Vaccination in Bombay 1856-1862 - 1856-1862
Year: 1856
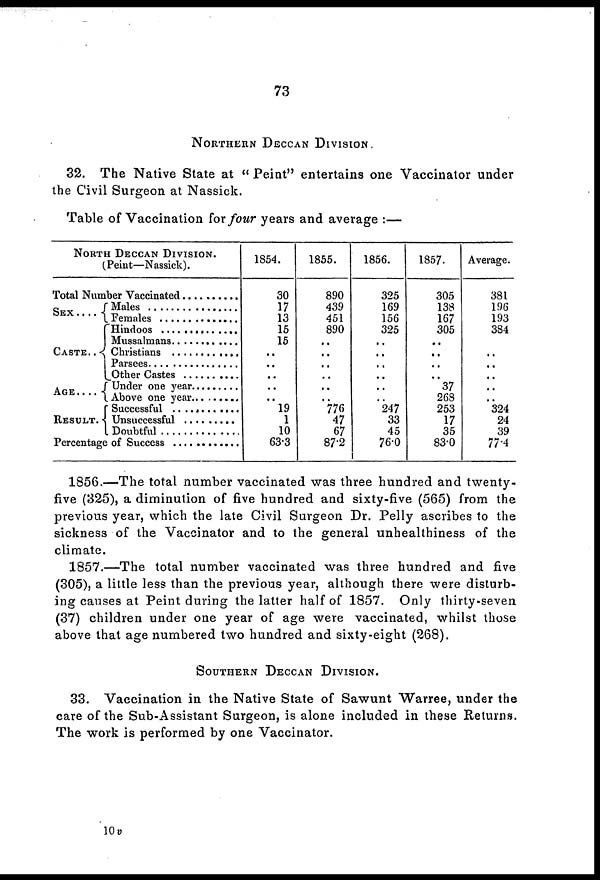
73
NORTHERN DECCAN DIVISION.
32. The Native State at " Peint" entertains one Vaccinator under
the Civil Surgeon at Nassick.
Table of Vaccination for four years and average :—
NORTH DECCAN DIVISION.
(Peint—Nassick).
Total Number Vaccinated . . . . .
SEX
. . . .
CASTE . .
AGE.
RESULT .
Males . . . . . .
Females. . . . .
Hindoos . . . . .
Mussalmans . . . .
Christians . . .. .
Parsees . . . .
Other Castes . . . .
Under one year . . . .
Above one year . . . .
Successful . . . .
Unsuccessful . . . .
Doubtful . . . . .
Percentage of Success . . . . .
1854.
30
17
13
15
15
..
..
..
..
..
19
1
10
63.3
1855.
890
439
451
890
..
..
..
..
..
..
776
47
67
87.2
1856.
325
169
156
325
..
..
..
..
..
..
247
33
45
76.0
1857.
305
138
167
305
..
..
..
..
37
268
253
17
35
83.0
Average.
381
196
193
384
..
..
..
..
..
..
324
24
39
77.4
1856.—The total number vaccinated was three hundred and twenty-
five (325), a diminution of five hundred and sixty-five (565) from the
previous year, which the late Civil Surgeon Dr. Pelly ascribes to the
sickness of the Vaccinator and to the general unhealthiness of the
climate.
1857.—The total number vaccinated was three hundred and five
(305), a little less than the previous year, although there were disturb-
ing causes at Peint during the latter half of 1857. Only thirty-seven
(37) children under one year of age were vaccinated, whilst those
above that age numbered two hundred and sixty-eight (268).
SOUTHERN DECCAN DIVISION.
33. Vaccination in the Native State of Sawunt Warree, under the
care of the Sub-Assistant Surgeon, is alone included in these Returns.
The work is performed by one Vaccinator.
10 v